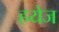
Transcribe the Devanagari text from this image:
हयेज